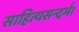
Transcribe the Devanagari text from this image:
साहित्यसन्दर्भ।